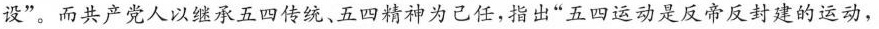
设”。而共产党人以继承五四传统、五四精神为己任，指出”五四运动是反帝反封建的运动，